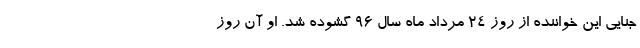
جنایی این خواننده از روز ۲۴ مرداد ‌ماه سال ۹۶ گشوده شد. او آن روز